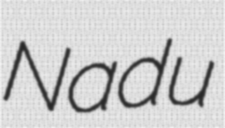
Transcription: Nadu